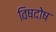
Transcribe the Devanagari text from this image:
विषदोष